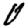
Digit: 0